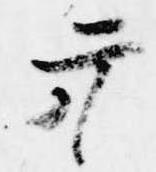
弁